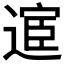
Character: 𫐸